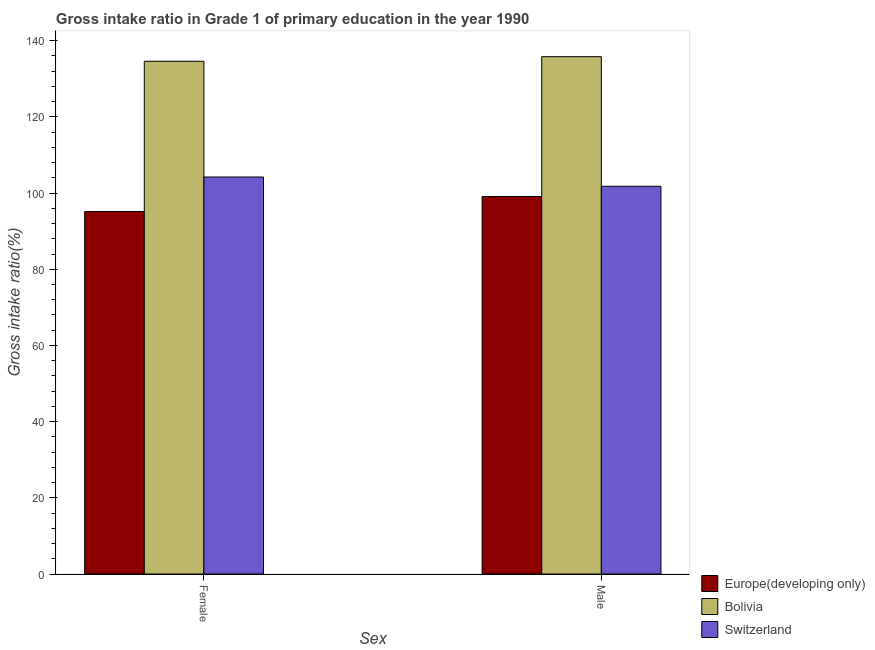
| Sex | Europe(developing only) | Bolivia | Switzerland |
 | --- | --- | --- | --- |
 | Female | 95.2 | 135 | 104 |
 | Male | 99.1 | 136 | 102 |